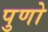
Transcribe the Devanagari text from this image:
पुणो